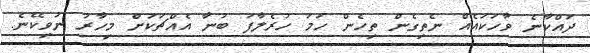
ދައްކާނެ ވާހަކައެއް ނެތިގެން ތިހެން ހަމަ ހުރެލާފަ ބުނާ އެއްޗަކަށް މިހާރު ނުވިކޭނެ.